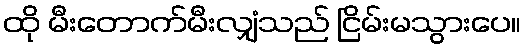
ထို မီးတောက်မီးလျှံသည် ငြိမ်းမသွားပေ။